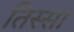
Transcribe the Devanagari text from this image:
तिस्सा